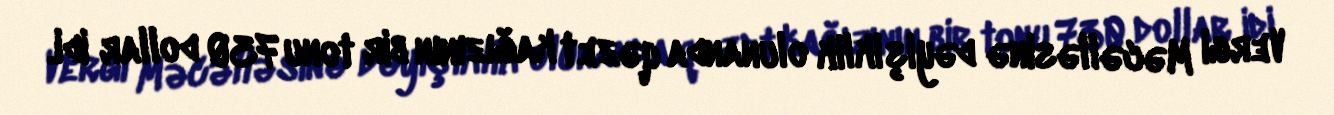
Vergi Məcəlləsinə dəyişiklik olunanda qəzet kağızının bir tonu 730 dollar idi.